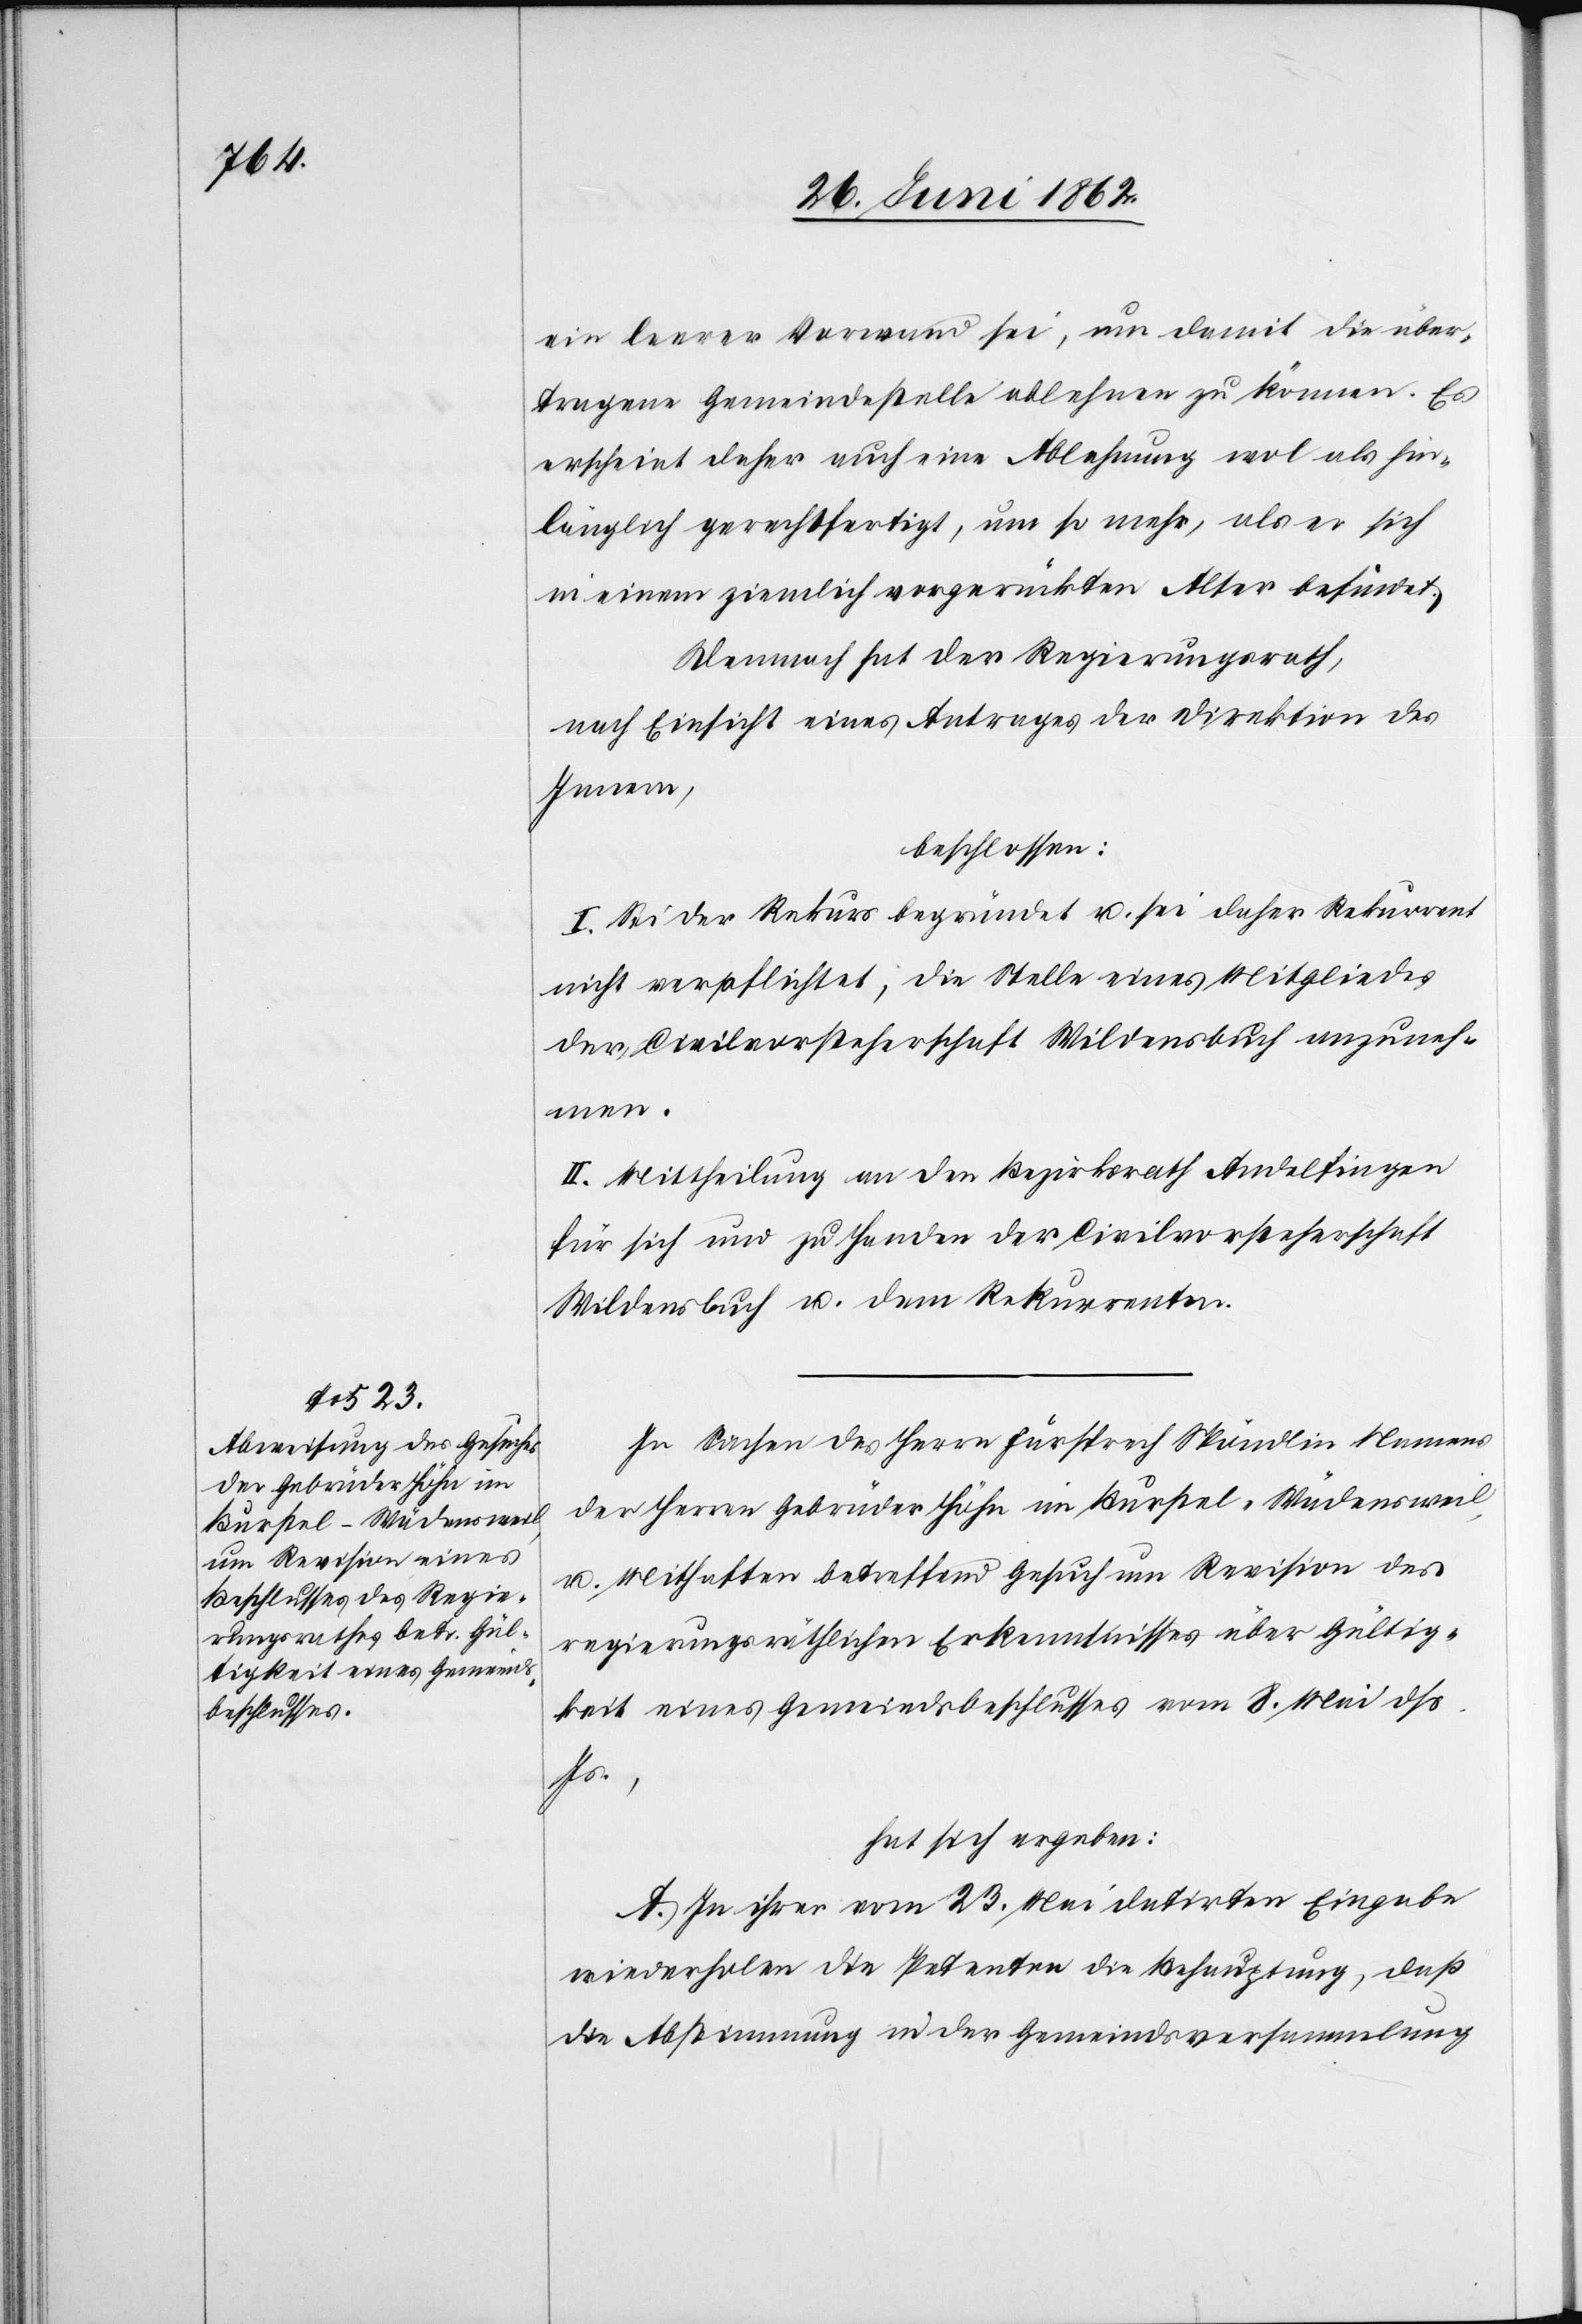
ein leerer Vorwand sei, um damit die über¬
tragene Gemeindestelle ablehnen zu können. Es
erscheint daher auch eine Ablehnung wol als hin¬
länglich gerechtfertigt, um so mehr, als er sich
in einem ziemlich vorgerückten Alter befindet.
Demnach hat der Regierungsrath,
nach Einsicht eines Antrages der Direktion des
Innern,
beschlossen:
I. Sei der Rekurs begründet u. sei daher Rekurrent
nicht verpflichtet, die Stelle eines Mitgliedes
der Civilvorsteherschaft Wildensbuch anzuneh¬
men.
II. Mittheilung an den Bezirksrath Andelfingen
für sich und zu Handen der Civilvorsteherschaft
Wildensbuch u. dem Rekurrenten.
In Sachen des Herrn Fürsprech Spöndlin Namens
der Herren Gebrüder Höhn im Burstel-Wädensweil,
u. Mithafte betreffend Gesuch um Revision des
regierungsräthlichen Erkenntnisses über Gültig¬
keit eines Gemeindsbeschlusses vom 8. Mai dß.
Js.,
hat sich ergeben:
A. In ihrer vom 23. Mai datirten Eingabe
wiederholen die Petenten die Behauptung, daß
die Abstimmung in der Gemeindsversammlung